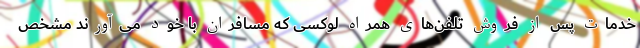
خدمات پس از فروش تلفن‌های همراه لوکسی که مسافران با خود می‌آورند مشخص